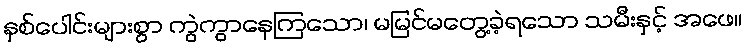
နှစ်ပေါင်းများစွာ ကွဲကွာနေကြသော၊ မမြင်မတွေ့ခဲ့ရသော သမီးနှင့် အဖေ။